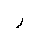
Letter: _ra